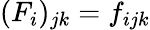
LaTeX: ({F}_{i})_{jk}=f_{ijk}